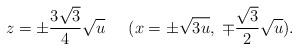
LaTeX: \begin{align*}z = \pm \frac{3\sqrt{3}}{4} \sqrt{u} \;\;\;\;\; ( x = \pm \sqrt{3u}, \; \mp \frac{\sqrt{3}}{2} \sqrt{u} ).\end{align*}